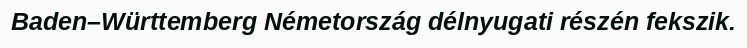
Baden–Württemberg Németország délnyugati részén fekszik.